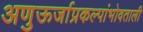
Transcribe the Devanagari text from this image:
अणुऊर्जाप्रकल्पांभोवताली